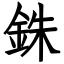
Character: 銖